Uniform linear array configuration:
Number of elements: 4
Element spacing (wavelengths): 0.25
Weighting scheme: binomial
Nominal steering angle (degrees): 30
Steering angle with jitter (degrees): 28.019
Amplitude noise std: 0.05
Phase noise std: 0.05

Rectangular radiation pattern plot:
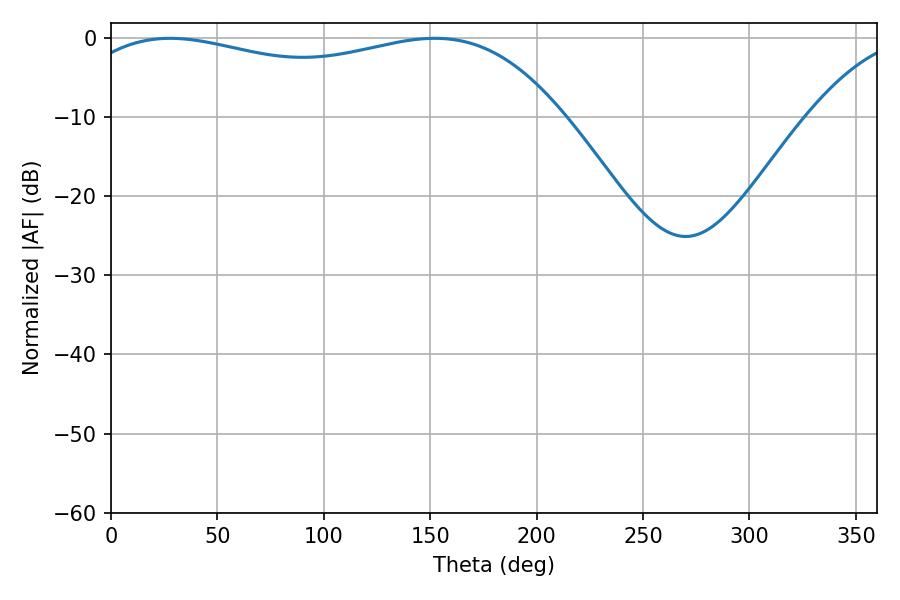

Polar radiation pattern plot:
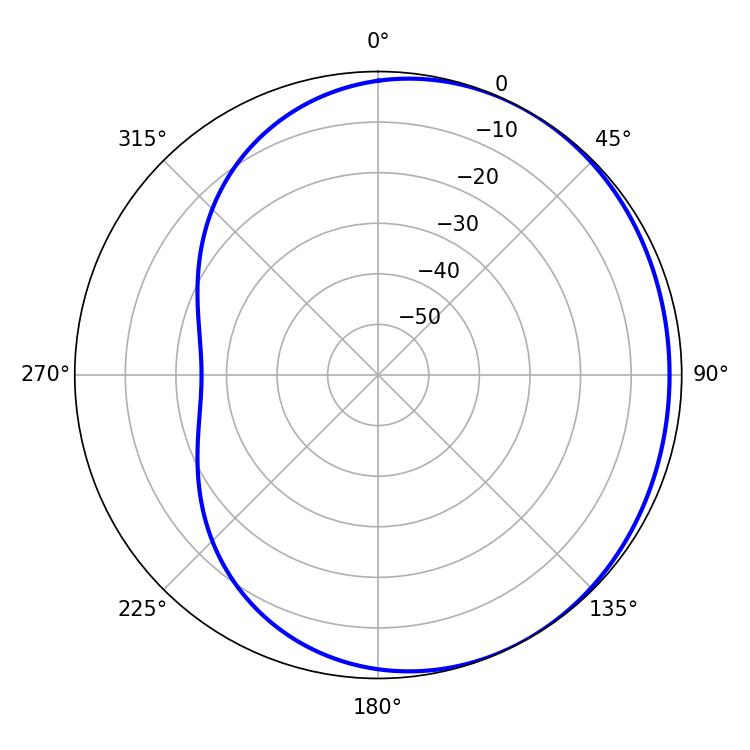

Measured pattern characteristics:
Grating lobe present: FALSE
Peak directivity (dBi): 1.533
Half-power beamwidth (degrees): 187.2
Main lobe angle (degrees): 27.72